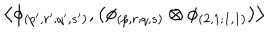
\left\langle \phi _ { ( p ^ { \prime } , r ^ { \prime } ; q ^ { \prime } , s ^ { \prime } ) } , \left( \phi _ { ( p , r ; q , s ) } \otimes \phi _ { ( 2 , 1 ; 1 , 1 ) } \right) \right\rangle